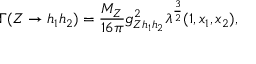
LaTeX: \Gamma ( Z \rightarrow h _ { 1 } h _ { 2 } ) = { \frac { M _ { Z } } { 1 6 \pi } } g _ { Z h _ { 1 } h _ { 2 } } ^ { 2 } \lambda ^ { \frac { 3 } { 2 } } ( 1 , x _ { 1 } , x _ { 2 } ) ,